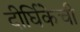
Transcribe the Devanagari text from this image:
दीर्घिकेची